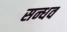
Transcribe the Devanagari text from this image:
सन्धव